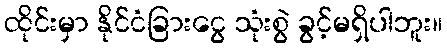
ထိုင်းမှာ နိုင်ငံခြားငွေ သုံးစွဲ ခွင့်မရှိပါဘူး။